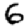
Digit: 6